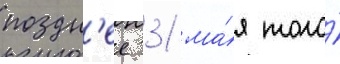
поздн'ее 31 ма́я того́